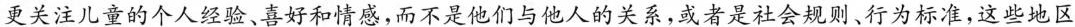
更关注儿童的个人经验、喜好和情感，而不是他们与他人的关系，或者是社会规则、行为标准，这些地区